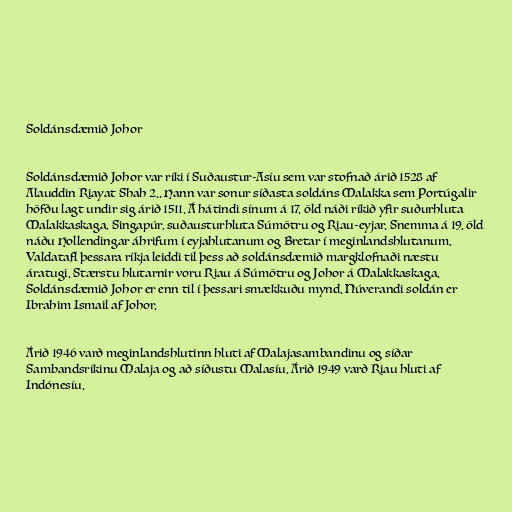
Soldánsdæmið Johor

Soldánsdæmið Johor var ríki í Suðaustur-Asíu sem var stofnað árið 1528 af
Alauddin Riayat Shah 2.. Hann var sonur síðasta soldáns Malakka sem Portúgalir
höfðu lagt undir sig árið 1511. Á hátindi sínum á 17. öld náði ríkið yfir suðurhluta
Malakkaskaga, Singapúr, suðausturhluta Súmötru og Riau-eyjar. Snemma á 19. öld
náðu Hollendingar áhrifum í eyjahlutanum og Bretar í meginlandshlutanum.
Valdatafl þessara ríkja leiddi til þess að soldánsdæmið margklofnaði næstu
áratugi. Stærstu hlutarnir voru Riau á Súmötru og Johor á Malakkaskaga.
Soldánsdæmið Johor er enn til í þessari smækkuðu mynd. Núverandi soldán er
Ibrahim Ismail af Johor.

Árið 1946 varð meginlandshlutinn hluti af Malajasambandinu og síðar
Sambandsríkinu Malaja og að síðustu Malasíu. Árið 1949 varð Riau hluti af
Indónesíu.